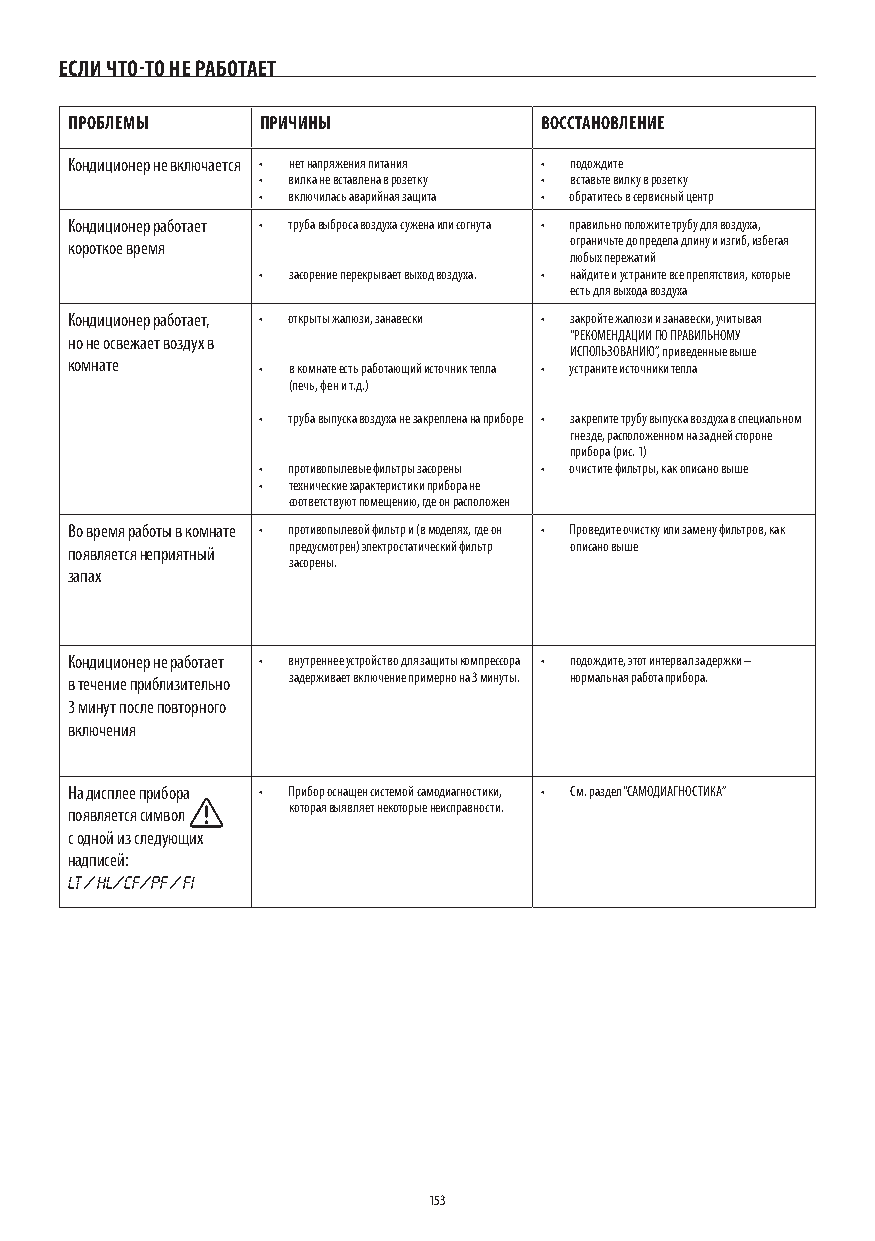
ЕСЛИ ЧТО-ТО НЕ РАБОТАЕТ
 ПРОБЛЕМЫ    ПРИЧИНЫ            ВОССТАНОВЛЕНИЕ
 Кондиционер не включается • нет напряжения питания • подождите
 • вилка не вставлена в розетку • вставьте вилку в розетку
 • включилась аварийная защита • обратитесь в сервисный центр
 Кондиционер работает • труба выброса воздуха сужена или согнута • правильно положите трубу для воздуха,
 короткое время                    ограничьте до предела длину и изгиб, избегая
 любых пережатий
 • засорение перекрывает выход воздуха. • найдите и устраните все препятствия, которые
 есть для выхода воздуха
 Кондиционер работает, • открыты жалюзи, занавески • закройте жалюзи и занавески, учитывая
 но не освежает воздух в           “РЕКОМЕНДАЦИИ ПО ПРАВИЛЬНОМУ
 ИСПОЛЬЗОВАНИЮ”, приведенные выше
 комнате      • в комнате есть работающий источник тепла • устраните источники тепла
 (печь, фен и т.д.)
 • труба выпуска воздуха не закреплена на приборе • закрепите трубу выпуска воздуха в специальном
 гнезде, расположенном на задней стороне
 прибора (рис. 1)
 • противопылевые фильтры засорены • очистите фильтры, как описано выше
 • технические характеристики прибора не
 соответствуют помещению, где он расположен
 Во время работы в комнате • противопылевой фильтр и (в моделях, где он • Проведите очистку или замену фильтров, как
 появляется неприятный предусмотрен) электростатический фильтр описано выше
 засорены.
 запах
 Кондиционер не работает • внутреннее устройство для защиты компрессора • подождите, этот интервал задержки –
 в течение приблизительно задерживает включение примерно на 3 минуты. нормальная работа прибора.
 3 минут после повторного
 включения
 На дисплее прибора • Прибор оснащен системой самодиагностики, • См. раздел “САМОДИАГНОСТИКА”
 появляется символ которая выявляет некоторые неисправности.
 с одной из следующих
 надписей:
 LT / HL/Cf/PF / FI
 153